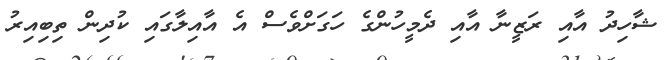
ޝާހިދު އާއި ރަޒީނާ އާއި ދެމީހުންގެ ހަގަށްވެސް އެ އާއިލާގައި ކުދިން ތިބިއިރު